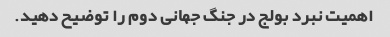
اهمیت نبرد بولج در جنگ جهانی دوم را توضیح دهید.